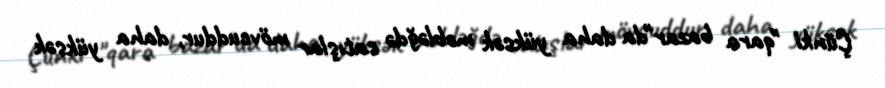
Çünki "qara bazar"da daha yüksək məbləğdə satışlar mövcuddur, daha yüksək